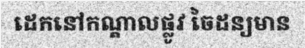
ដេកនៅកណ្តាលផ្លូវ ចៃដន្យមាន